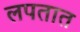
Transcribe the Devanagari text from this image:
लपतात